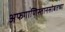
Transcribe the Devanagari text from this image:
अफगाणिस्तानसोबतच्या